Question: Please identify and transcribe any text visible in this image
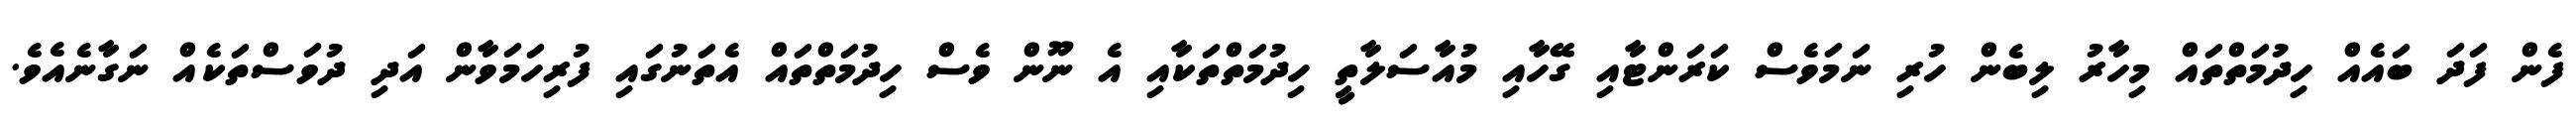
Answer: ފެން ފަދަ ބައެއް ހިދުމަތްތައް މިހާރު ލިބެން ހުރި ނަމަވެސް ކަރަންޓާއި ގޭހާއި މުއާސަލާތީ ހިދުމަތްތަކާއި އެ ނޫން ވެސް ހިދުމަތްތައް އެތަނުގައި ފުރިހަމަވާން އަދި ދުވަސްތަކެއް ނަގާނެއެވެ.